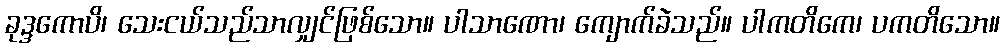
ခုဒ္ဒကောပိ၊ သေးငယ်သည်သာလျှင်ဖြစ်သော။ ပါသာဏော၊ ကျောက်ခဲသည်။ ပါကတိကေ၊ ပကတိသော။